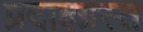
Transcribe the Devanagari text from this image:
प्रदाहग्रस्त